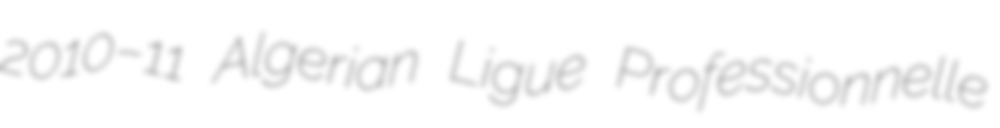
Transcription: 2010–11 Algerian Ligue Professionnelle